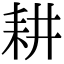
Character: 耕